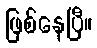
ဖြစ်နေပြီ။